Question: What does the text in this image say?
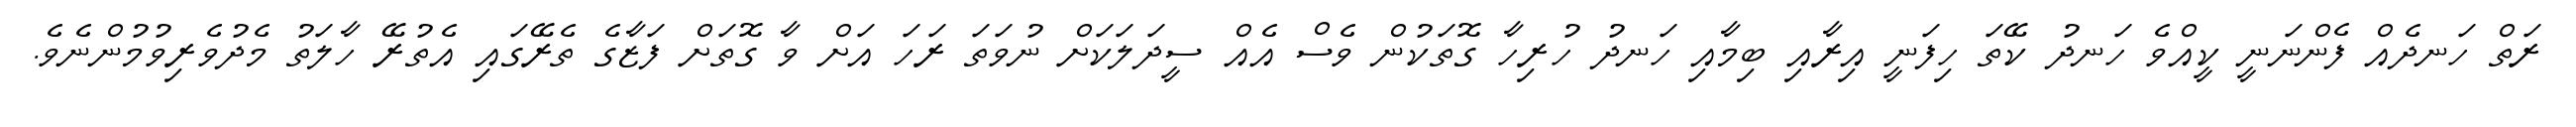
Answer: ރަތް ހަނދެއް ފެންނަނީ ކީއްވެ ހަނދު ކޭތަ ހިފަނީ އިރާއި ބިމާއި ހަނދު ހުރިހާ ގޮތަކުން ވެސް އެއް ސީދަލަކަށް ނުވަތަ ރަހަ އަށް ވާ ގޮތަށް ފަޒާގެ ތެރޭގައި އެތުރޭ ހާލަތު މެދުވެރިވުމުންނެވެ.